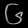
Digit: ၆